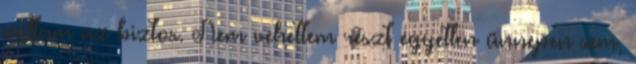
voltam az biztos. Nem vehettem részt egyetlen ünnepen sem,